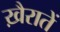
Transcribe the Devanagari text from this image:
ख़ैरातें